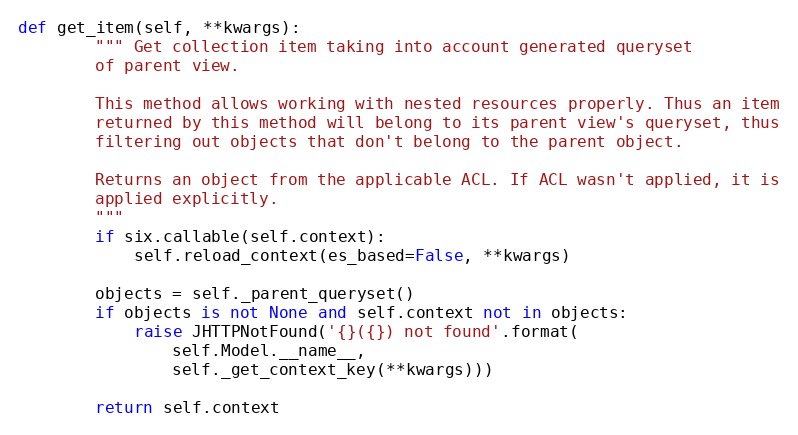
Language: Python
def get_item(self, **kwargs):
        """ Get collection item taking into account generated queryset
        of parent view.

        This method allows working with nested resources properly. Thus an item
        returned by this method will belong to its parent view's queryset, thus
        filtering out objects that don't belong to the parent object.

        Returns an object from the applicable ACL. If ACL wasn't applied, it is
        applied explicitly.
        """
        if six.callable(self.context):
            self.reload_context(es_based=False, **kwargs)

        objects = self._parent_queryset()
        if objects is not None and self.context not in objects:
            raise JHTTPNotFound('{}({}) not found'.format(
                self.Model.__name__,
                self._get_context_key(**kwargs)))

        return self.context